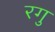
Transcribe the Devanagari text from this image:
रगु